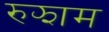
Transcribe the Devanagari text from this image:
रुझाम